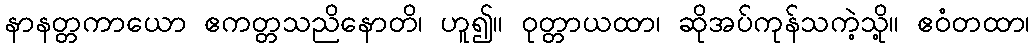
နာနတ္တကာယော ဧကတ္တသညိနောတိ၊ ဟူ၍။ ဝုတ္တာယထာ၊ ဆိုအပ်ကုန်သကဲ့သို့။ ဧဝံတထာ၊